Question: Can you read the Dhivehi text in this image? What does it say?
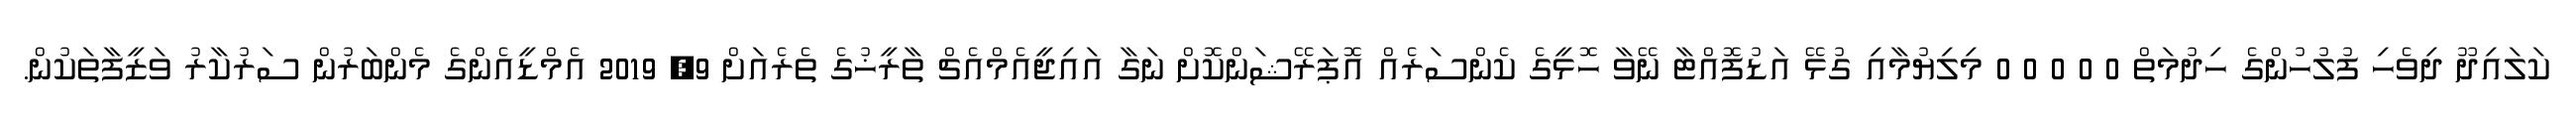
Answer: ކަލައިދޫ ދިވެހި ފުލުހުންގެ ހިދުމަތް 0 0 0 0 0 މިލިޔުމާއި ގުޅޭ އަޑުފޮއްޓާ ނޭވާ ހޮޅީގެ ކެންސަރެއް އޮޕަރޭޝަންކޮށް ނަގާ އައިޖީއެމްއެޗް ތާރީޚުގެ ތެރެއަށް 9, 2019 އެމްޑީއެންގެ މެންބަރުން ސަރުކާރު ވަޒީފާތަކުން.